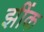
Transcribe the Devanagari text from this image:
झींक